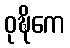
ဝုဍ္ဎိကေ